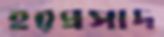
হরপ্রসাদ